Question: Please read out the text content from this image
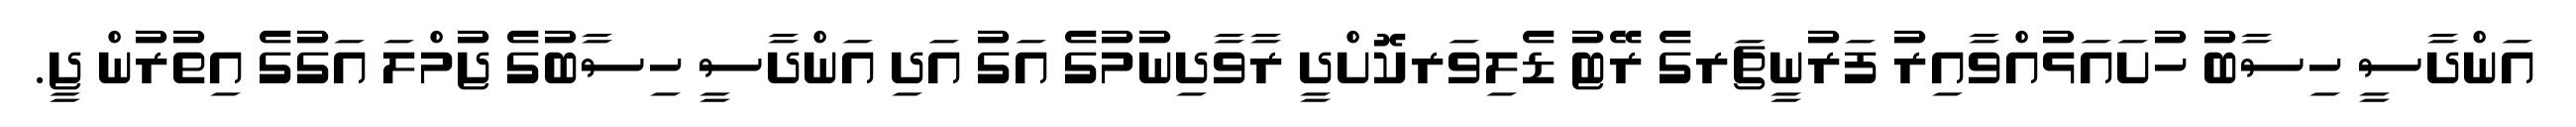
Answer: އަންދާސީ ހިސާބު ހުށައަޅުއްވާއިރު ފަރުނީޗަރގެ ރޭޓު ޑެލިވަރކޮށްދީ ރާވާދިނުމުގެ އަގު އަދި އަންދާސީ ހިސާބުގެ ޖުމްލަ އަގުގެ އިތުރުން ޖީ.